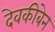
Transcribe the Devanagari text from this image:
देवकीबेन